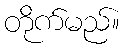
တိုက်မည်။